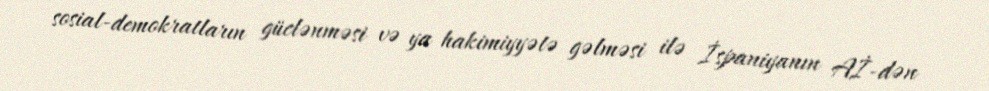
sosial-demokratların güclənməsi və ya hakimiyyətə gəlməsi ilə İspaniyanın Aİ-dən